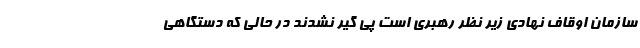
سازمان اوقاف نهادی زیر نظر رهبری است پی گیر نشدند در حالی که دستگاهی